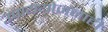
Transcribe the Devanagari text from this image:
उपाययोजनाही